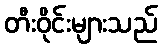
တီးဝိုင်းများသည်